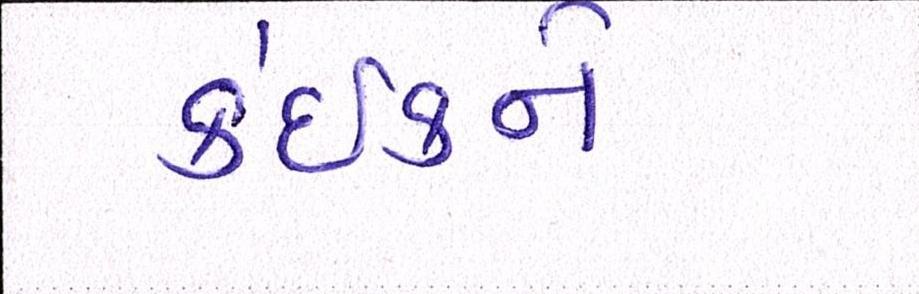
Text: કંઈકને